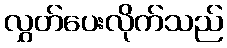
လွှတ်ပေးလိုက်သည်